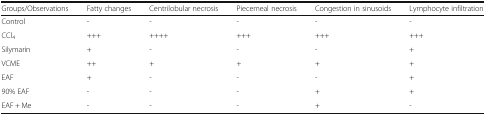
<table><thead><tr><td><b>Groups/Observations</b></td><td><b>Fatty changes</b></td><td><b>Centrilobular necrosis</b></td><td><b>Piecemeal necrosis</b></td><td><b>Congestion in sinusoids</b></td><td><b>Lymphocyte infiltration</b></td></tr></thead><tbody><tr><td>Control</td><td>-</td><td>-</td><td>-</td><td>-</td><td>-</td></tr><tr><td>CCl<sub>4</sub></td><td>+++</td><td>++++</td><td>+++</td><td>+++</td><td>+++</td></tr><tr><td>Silymarin</td><td>+</td><td>-</td><td>-</td><td>-</td><td>+</td></tr><tr><td>VCME</td><td>++</td><td>+</td><td>+</td><td>+</td><td>+</td></tr><tr><td>EAF</td><td>+</td><td>-</td><td>-</td><td>-</td><td>+</td></tr><tr><td>90% EAF</td><td>-</td><td>-</td><td>-</td><td>+</td><td>+</td></tr><tr><td>EAF + Me</td><td>-</td><td>-</td><td>-</td><td>+</td><td>-</td></tr></tbody></table>